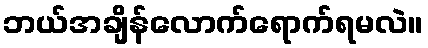
ဘယ်အချိန်လောက်ရောက်ရမလဲ။